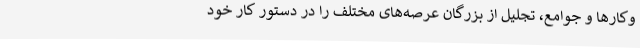
وکارها و جوامع، تجلیل از بزرگان عرصه‌های مختلف را در دستور کار خود